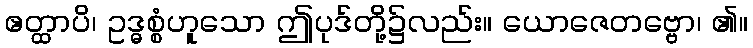
ဧတ္ထာပိ၊ ဥဒ္ဓစ္စံဟူသော ဤပုဒ်တို့၌လည်း။ ယောဇေတဗ္ဗော၊ ၏။